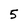
Character: 5